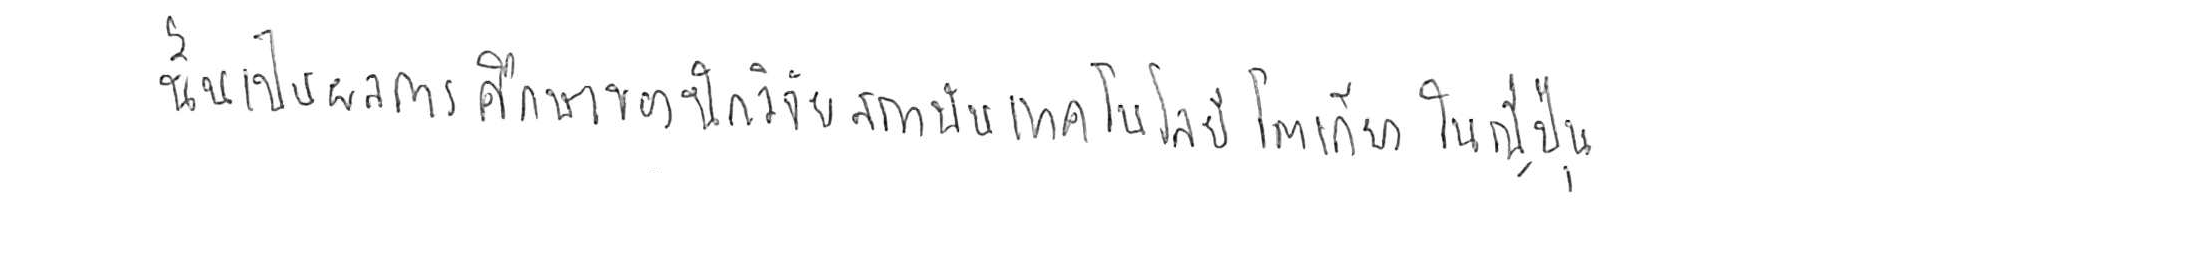
นั่นเป็นผลการศึกษาของนักวิจัยสถาบันเทคโนโลยีโตเกียว ในญี่ปุ่น